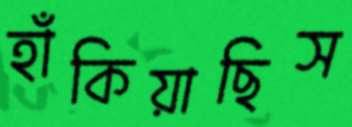
হাঁকিয়াছিস